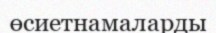
өсиетнамаларды